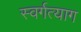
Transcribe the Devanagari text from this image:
स्वर्गत्याग